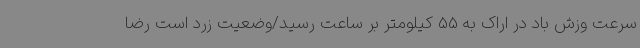
سرعت وزش باد در اراک به 55 کیلومتر بر ساعت رسید/وضعیت زرد است رضا